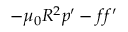
- \mu _ { 0 } R ^ { 2 } p ^ { \prime } - f f ^ { \prime }